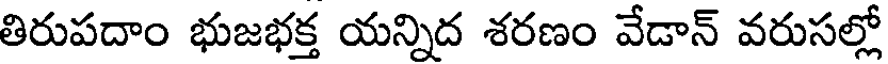
తిరుపదాం భుజభక్త యన్నిద శరణం వేడాన్ వరుసల్లో